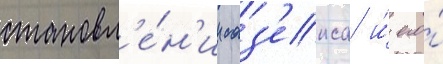
становл'е́н'ии саз'екса и́ его́